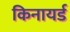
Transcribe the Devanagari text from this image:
किनायर्ड